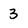
Character: 3